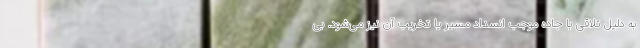
به دلیل تلاقی با جاده موجب انسداد مسیر یا تخریب آن نیز می‌شود. بی